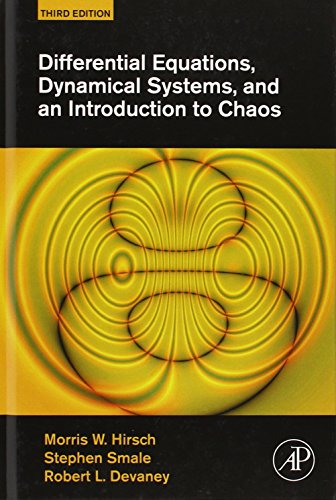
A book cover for Differential Equations, Dynamical Systems, and an Introduction to Chaos, Third Edition; Morris W. Hirsch; Science & Math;